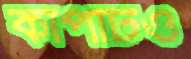
কাপটিও